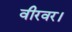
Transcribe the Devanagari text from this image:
वीरवर।